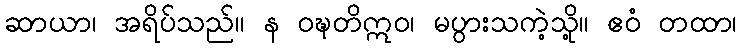
ဆာယာ၊ အရိပ်သည်။ န ဝဍ္ဎတိဣဝ၊ မပွားသကဲ့သို့။ ဧဝံ တထာ၊